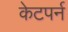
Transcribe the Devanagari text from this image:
केटपर्न